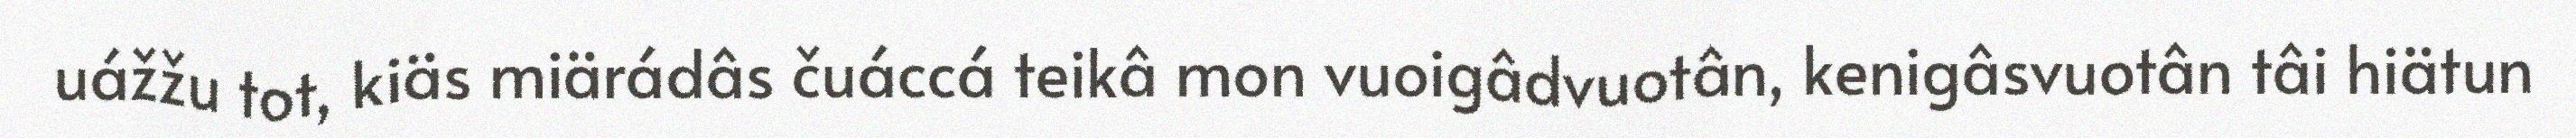
uážžu tot, kiäs miärádâs čuáccá teikâ mon vuoigâdvuotân, kenigâsvuotân tâi hiätun